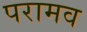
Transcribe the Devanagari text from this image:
परामव